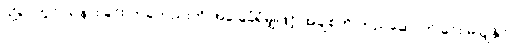
သို့ရာတွင် သနားခြင်း တခုတည်းကို အခြေခံရုံမျှဖြင့် အချစ်ကို တည်ဆောက်ခြင်း မပြုနိုင်။